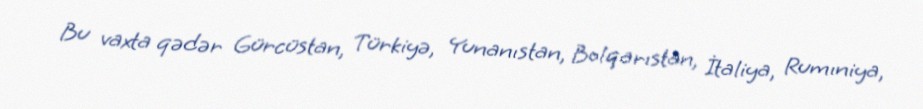
Bu vaxta qədər Gürcüstan, Türkiyə, Yunanıstan, Bolqarıstan, İtaliya, Rumıniya,